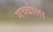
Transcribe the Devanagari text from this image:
गच्चीला